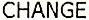
CHANGE